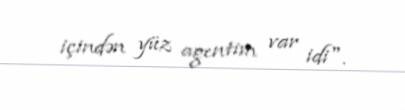
içindən yüz agentim var idi".